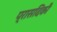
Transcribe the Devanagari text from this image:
प्रासदिकी